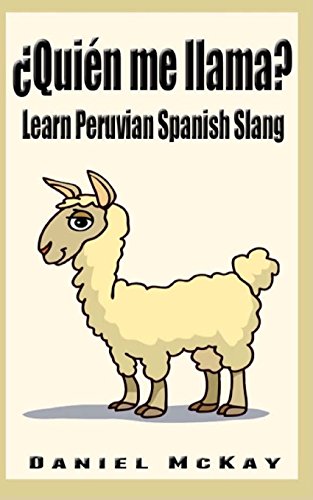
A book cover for Quien me llama?: Learn Peruvian Spanish Slang; Daniel McKay; Reference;